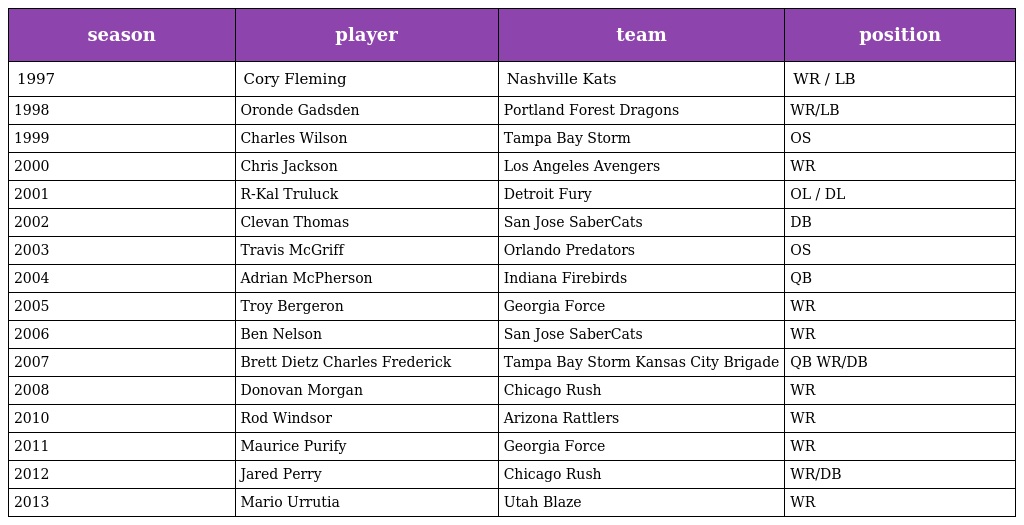
| season | player | team | position |
 | --- | --- | --- | --- |
 | 1997 | Cory Fleming | Nashville Kats | WR / LB |
 | 1998 | Oronde Gadsden | Portland Forest Dragons | WR/LB |
 | 1999 | Charles Wilson | Tampa Bay Storm | OS |
 | 2000 | Chris Jackson | Los Angeles Avengers | WR |
 | 2001 | R-Kal Truluck | Detroit Fury | OL / DL |
 | 2002 | Clevan Thomas | San Jose SaberCats | DB |
 | 2003 | Travis McGriff | Orlando Predators | OS |
 | 2004 | Adrian McPherson | Indiana Firebirds | QB |
 | 2005 | Troy Bergeron | Georgia Force | WR |
 | 2006 | Ben Nelson | San Jose SaberCats | WR |
 | 2007 | Brett Dietz Charles Frederick | Tampa Bay Storm Kansas City Brigade | QB WR/DB |
 | 2008 | Donovan Morgan | Chicago Rush | WR |
 | 2010 | Rod Windsor | Arizona Rattlers | WR |
 | 2011 | Maurice Purify | Georgia Force | WR |
 | 2012 | Jared Perry | Chicago Rush | WR/DB |
 | 2013 | Mario Urrutia | Utah Blaze | WR |